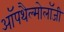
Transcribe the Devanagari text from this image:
ऑपथैल्मोलॉजी